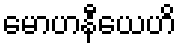
မောဟနီယေဟိ